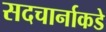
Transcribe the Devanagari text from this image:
सदचार्नाकडे